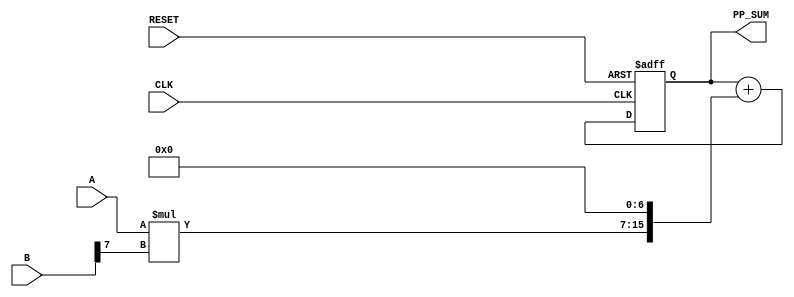
module PartialProductAccumulator #(
    parameter A_WIDTH = 8, // Width of multiplicand A
    parameter B_WIDTH = 8  // Width of multiplicand B
)(
    input  wire [A_WIDTH-1:0] A,      // First multiplicand
    input  wire [B_WIDTH-1:0] B,      // Second multiplicand
    input  wire CLK,                   // Clock signal
    input  wire RESET,                 // Reset signal
    output reg [A_WIDTH + B_WIDTH - 1:0] PP_SUM // Accumulated sum of partial products
);

    // Intermediate signals for partial products
    reg [A_WIDTH + B_WIDTH - 1:0] partial_products [0:B_WIDTH-1];

    integer i;

    // Combinational logic to generate partial products
    always @(*) begin
        for (i = 0; i < B_WIDTH; i = i + 1) begin
            partial_products[i] = A * B[i]; // Generate partial product
            partial_products[i] = partial_products[i] << i; // Shift left by index
        end
    end

    // Accumulate partial products
    always @(posedge CLK or posedge RESET) begin
        if (RESET) begin
            PP_SUM <= 0; // Reset the accumulator
        end else begin
            PP_SUM <= 0; // Initialize sum
            for (i = 0; i < B_WIDTH; i = i + 1) begin
                PP_SUM <= PP_SUM + partial_products[i]; // Accumulate partial products
            end
        end
    end

endmodule